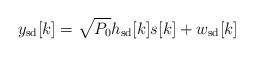
LaTeX: \begin{align*}y_{\mathrm{sd}}[k]=\sqrt{P_0}h_{\mathrm{sd}}[k]s[k]+w_{\mathrm{sd}}[k]\end{align*}